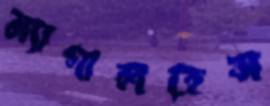
ম্যাগালহেস